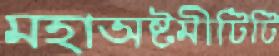
মহাঅষ্টমীটিটি